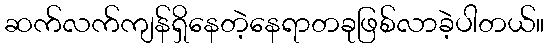
ဆက်လက်ကျန်ရှိနေတဲ့နေရာတခုဖြစ်လာခဲ့ပါတယ်။